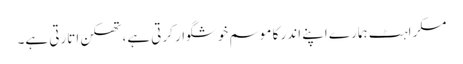
مسکراہٹ ہمارے اپنے اندر کا موسم خوشگوار کرتی ہے، تھکن اتارتی ہے۔